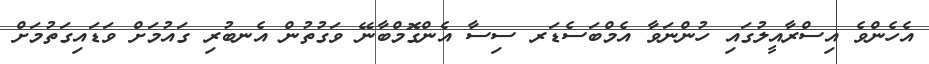
އެހެންވެ އިސްރާއީލުގައި ހުންނަވާ އެމްބަސެޑަރ ސިސާ އެންގޮމްބާނޭ ވަގުތުން އެނބުރި ގައުމަށް ވަޑައިގަތުމަށް